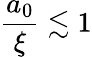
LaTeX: \frac{a_{0}}{\xi}\lesssim 1